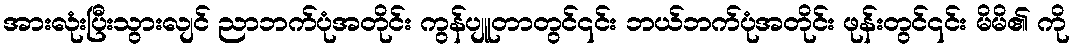
အားလုံးပြီးသွားလျင် ညာဘက်ပုံအတိုင်း ကွန်ပျူတာတွင်၎င်း ဘယ်ဘက်ပုံအတိုင်း ဖုန်းတွင်၎င်း မိမိ၏ ကို